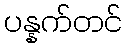
ပန္နက်တင်